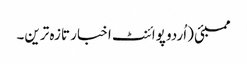
ممبئی (اُردو پوائنٹ اخبار تازہ ترین۔